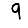
Digit: 9